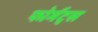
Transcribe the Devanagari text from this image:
फोर्मट्स